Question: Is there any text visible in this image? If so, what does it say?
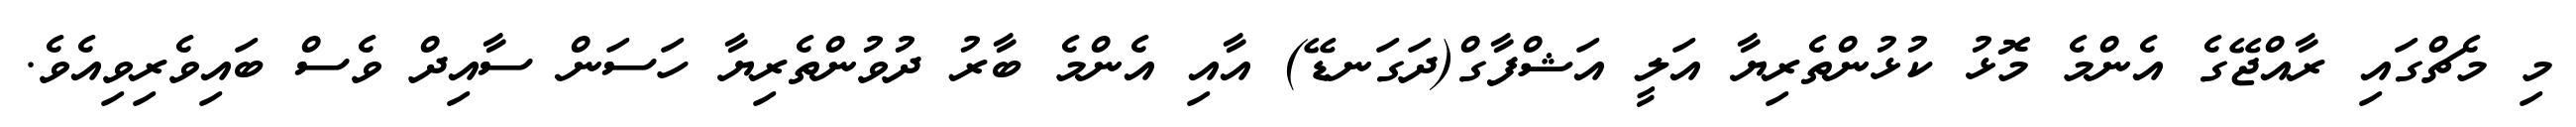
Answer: މި މެޗްގައި ރާއްޖޭގެ އެންމެ މޮޅު ކުޅުންތެރިޔާ އަލީ އަޝްފާގް(ދަގަނޑޭ) އާއި އެންމެ ބާރު ދުވުންތެރިޔާ ހަސަން ސާއިދް ވެސް ބައިވެރިވިއެވެ.